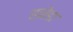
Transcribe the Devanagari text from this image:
हनेडा